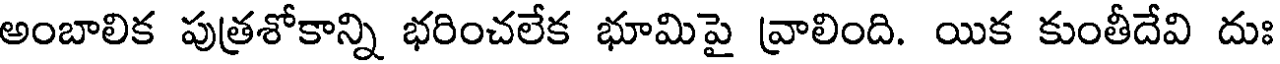
అంబాలిక పుత్రశోకాన్ని భరించలేక భూమిపై వ్రాలింది. యిక కుంతీదేవి దుః